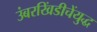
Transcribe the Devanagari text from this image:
उंबरखिंडीचेंयुद्ध